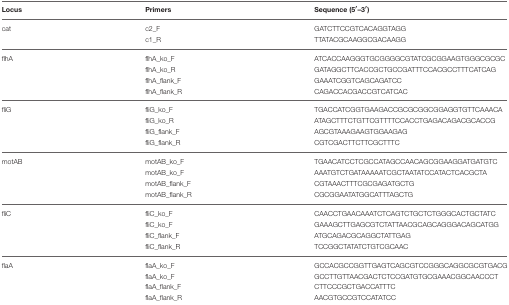
<table><thead><tr><td><b>Locus</b></td><td><b>Primers</b></td><td><b>Sequence (5′–3′)</b></td></tr></thead><tbody><tr><td>cat</td><td>c2_F</td><td>GATCTTCCGTCACAGGTAGG</td></tr><tr><td></td><td>c1_R</td><td>TTATACGCAAGGCGACAAGG</td></tr><tr><td>flhA</td><td>flhA_ko_F</td><td>ATCACCAAGGGTGCGGGGCGTATCGCGGAAGTGGGCGCGC</td></tr><tr><td></td><td>flhA_ko_R</td><td>GATAGGCTTCACCGCTGCCGATTTCCACGCCTTTCATCAG</td></tr><tr><td></td><td>flhA_flank_F</td><td>GAAATCGGTCAGCAGATCC</td></tr><tr><td></td><td>flhA_flank_R</td><td>CAGACCACGACCGTCATCAC</td></tr><tr><td>fliG</td><td>fliG_ko_F</td><td>TGACCATCGGTGAAGACCGCGCGGCGGAGGTGTTCAAACA</td></tr><tr><td></td><td>fliG_ko_R</td><td>ATAGCTTTCTGTTCGTTTTCCACCTGAGACAGACGCACCG</td></tr><tr><td></td><td>fliG_flank_F</td><td>AGCGTAAAGAAGTGGAAGAG</td></tr><tr><td></td><td>fliG_flank_R</td><td>CGTCGACTTCTTCGCTTTC</td></tr><tr><td>motAB</td><td>motAB_ko_F</td><td>TGAACATCCTCGCCATAGCCAACAGCGGAAGGATGATGTC</td></tr><tr><td></td><td>motAB_ko_F</td><td>AAATGTCTGATAAAAATCGCTAATATCCATACTCACGCTA</td></tr><tr><td></td><td>motAB_flank_F</td><td>CGTAAACTTTCGCGAGATGCTG</td></tr><tr><td></td><td>motAB_flank_R</td><td>CGCGGAATATGGCATTTAGCTG</td></tr><tr><td>fliC</td><td>fliC_ko_F</td><td>CAACCTGAACAAATCTCAGTCTGCTCTGGGCACTGCTATC</td></tr><tr><td></td><td>fliC_ko_F</td><td>GAAAGCTTGAGCGTCTATTAACGCAGCAGGGACAGCATGG</td></tr><tr><td></td><td>fliC_flank_F</td><td>ATGCAGACGCAGGCTATTGAG</td></tr><tr><td></td><td>fliC_flank_R</td><td>TCCGGCTATATCTGTCGCAAC</td></tr><tr><td>flaA</td><td>flaA_ko_F</td><td>GCCACGCCGGTTGAGTCAGCGTCCGGGCAGGCGCGTGACG</td></tr><tr><td></td><td>flaA_ko_F</td><td>GCCTTGTTAACGACTCTCCGATGTGCGAAACGGCAACCCT</td></tr><tr><td></td><td>flaA_flank_F</td><td>CTTCCCGCTGACCATTTC</td></tr><tr><td></td><td>flaA_flank_R</td><td>AACGTGCCGTCCATATCC</td></tr></tbody></table>